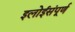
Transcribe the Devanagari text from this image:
इलोईसंपूर्ण